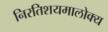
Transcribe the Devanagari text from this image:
निरतिशयमालोक्य